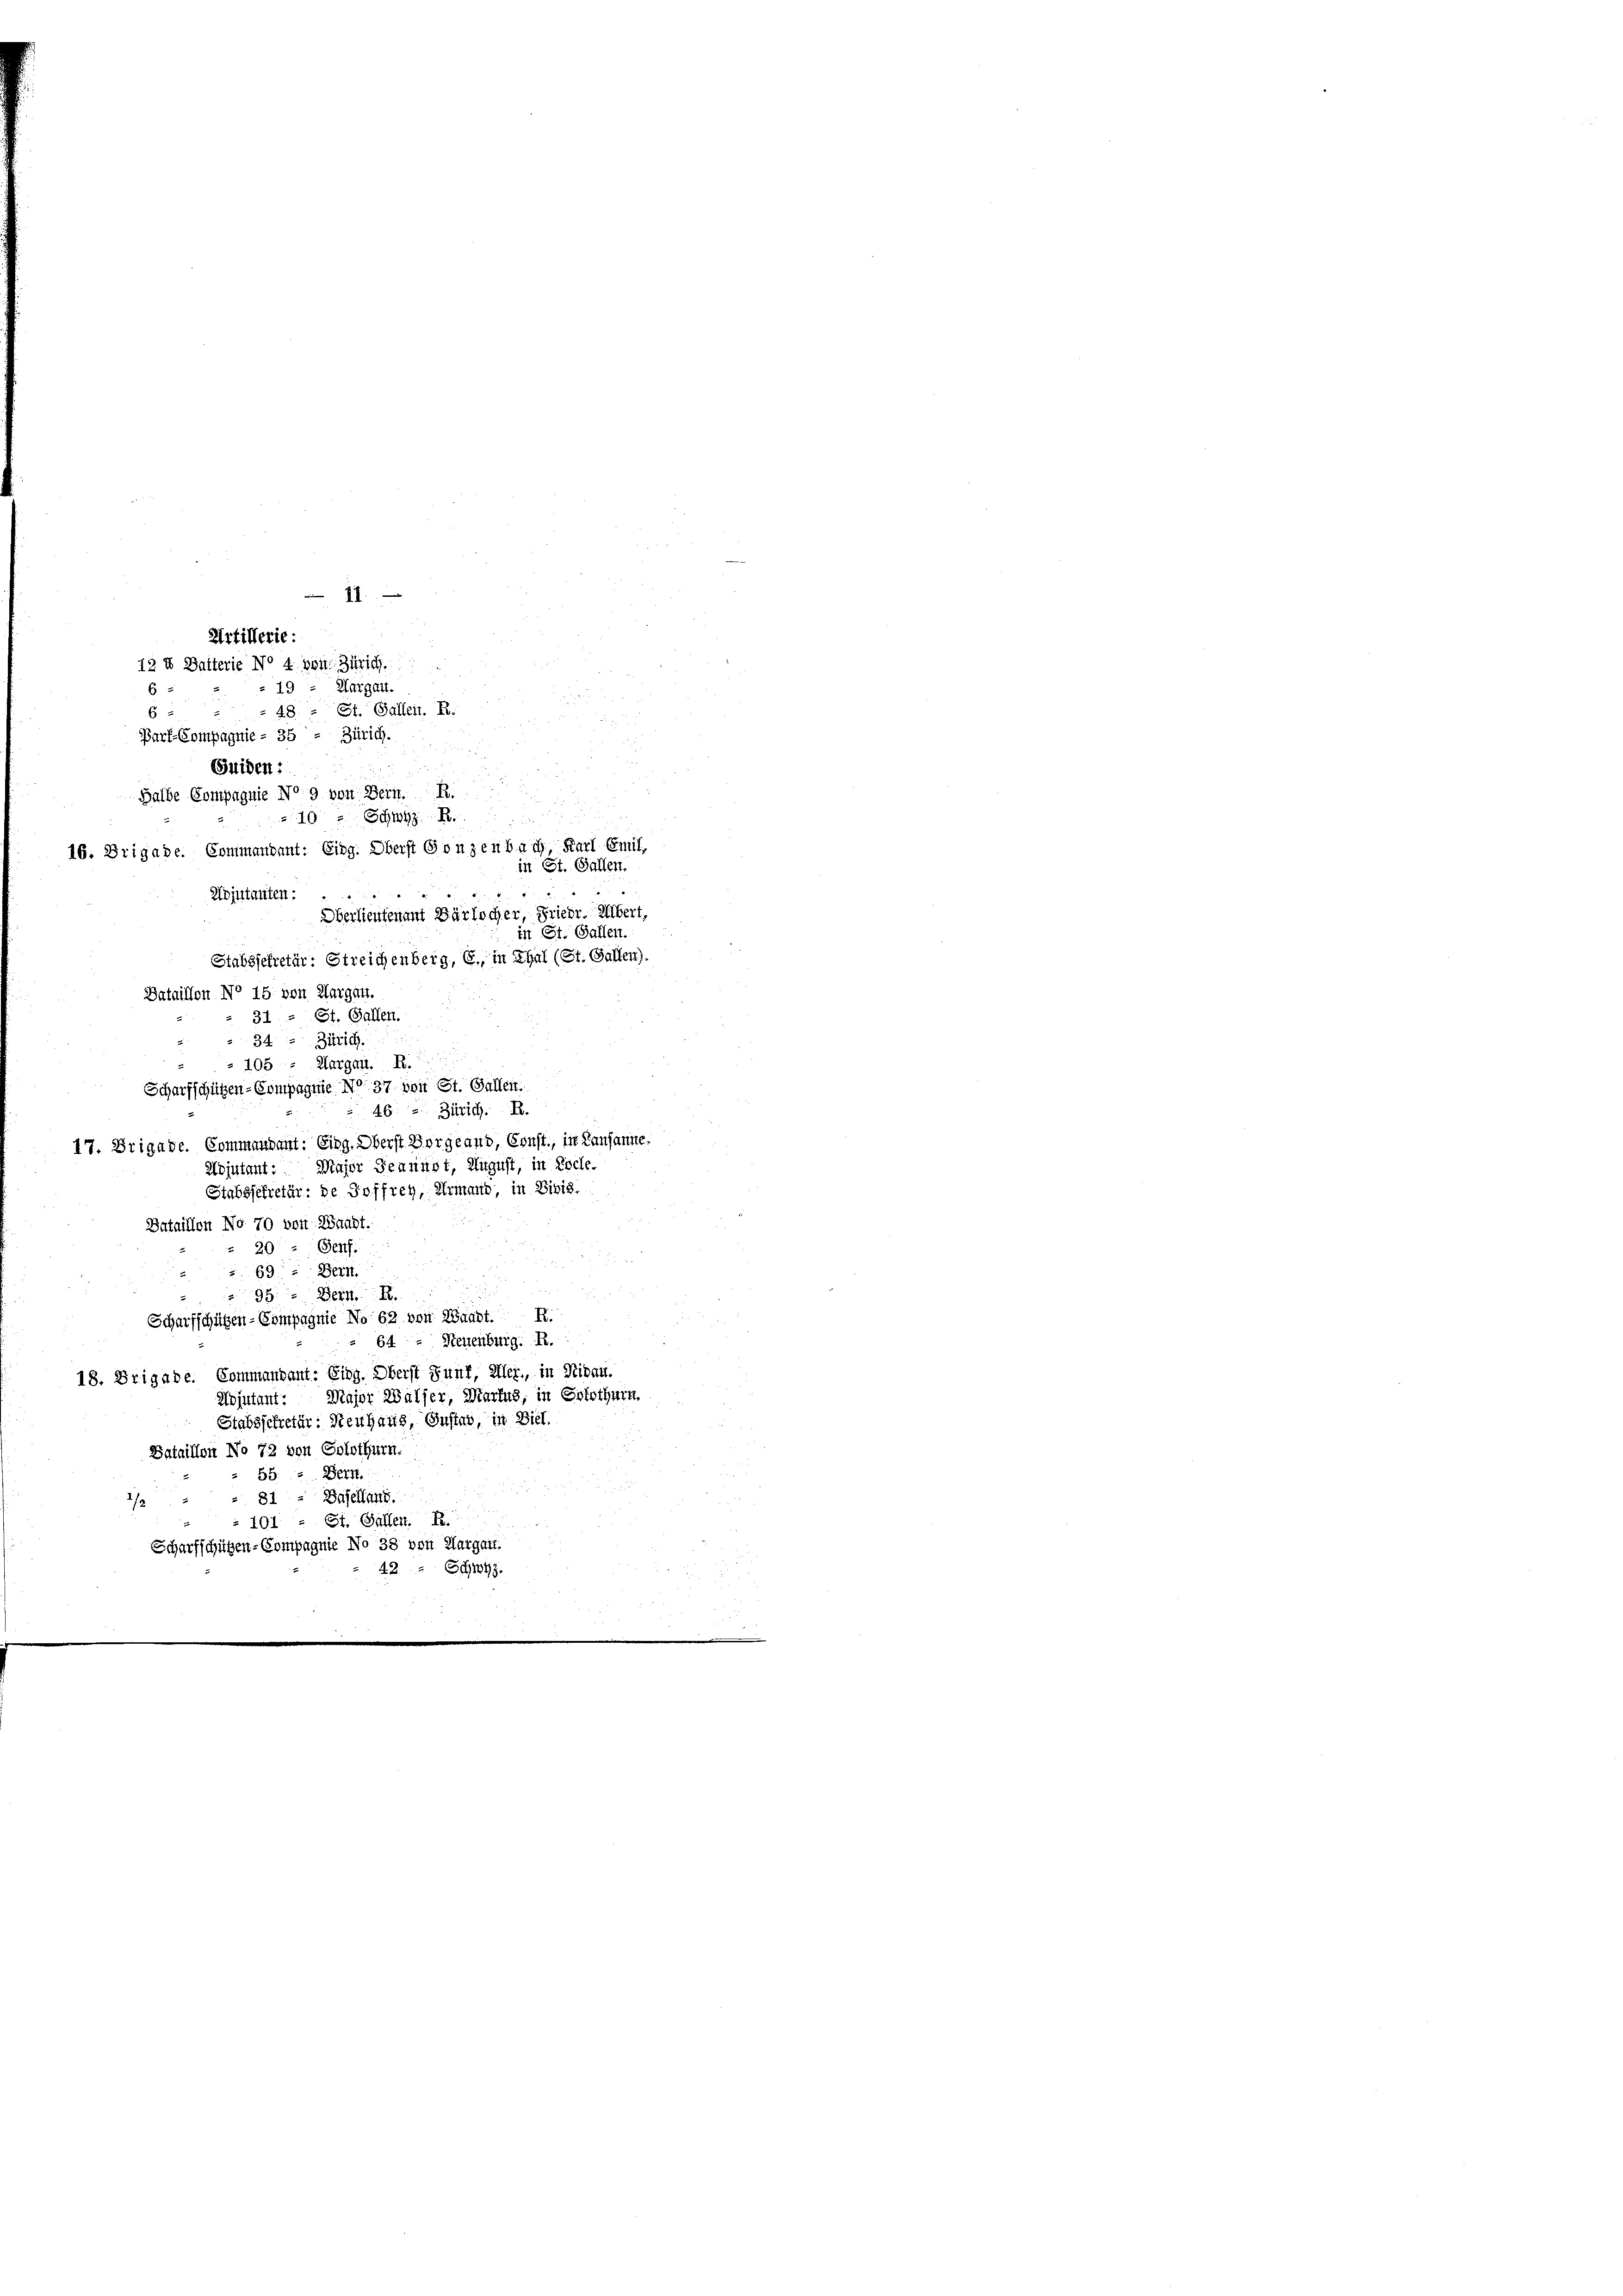
Scharfschützen-Compagnie No. 37 von St. Gallen.
46. 2. Zürich. R.
17. Brigade. Commandant: Eing. Oberst Vorgeaud, Const., in Lausanne.
Kojutant: Major Jeannst, August, in Loche.
Stabssekretär: de Soffrey, Ermand, in Bibis.
Bataillon No 70 von Waadt.
20 " Genf.
69 - Bein.
.
99: Bern. R.
E
Scharfschützen-Compagnie No 62 von Waadt.
 64 - Neuenburg. R.
18. Brigabe. Commandant: Eing. Oberst Sunt, aller, in Nidau.
Aojutant. Major Walser, Martus, in Solothurn,
Stabsschrefür: Neuhaus, Instab, in Biel.
Sataillen No 72 von Solothurn.
552. Bern.
81 = Baselland.
2
 101 = St. Galler. R.
Scharfschützen-Compagnie No 38 von Aargau.
12 " 697.

11.
Artillerie:
12 4 Batterie No 4. von Zürich
49
Kargau.
6
 48. - St. Gallen. R.
6
Parf-Compagnie - 35 - Zürich.
Suiden:
Halbe Compagnie No 9 von Bern. R.
z 10 Schwyz. R.
16. Brigade. Commandant: Eing. Oberst Gonzenbach, Karl Emil,
Kojutanten:
Oberlieutenant Bärlicher, Friedr. Albert,
in St. Gallen.
Stabssekretär: Streichenberg, G., in Thal (St. Gallen).
Bataillon No 15. von Aargau.
31 - St. Gallen.
34 " Zürich
 105 - Margau. A.

e

in St. Gallen.

.